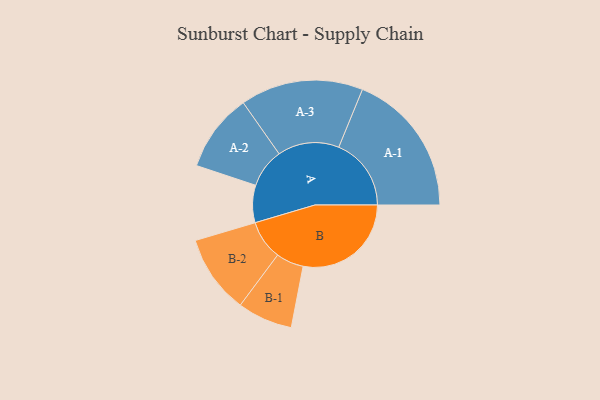
{"axis": {"x": "Segment", "y": "Value"}, "legend": ["", "A", "B"], "data": [{"x": "A", "y": 149, "type": ""}, {"x": "B", "y": 431, "type": ""}, {"x": "A-1", "y": 289, "type": "A"}, {"x": "A-2", "y": 156, "type": "A"}, {"x": "A-3", "y": 245, "type": "A"}, {"x": "B-1", "y": 110, "type": "B"}, {"x": "B-2", "y": 157, "type": "B"}]}